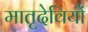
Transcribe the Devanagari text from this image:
मातृदेवियों